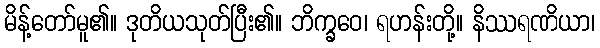
မိန့်တော်မူ၏။ ဒုတိယသုတ်ပြီး၏။ ဘိက္ခဝေ၊ ရဟန်းတို့။ နိဿရဏိယာ၊